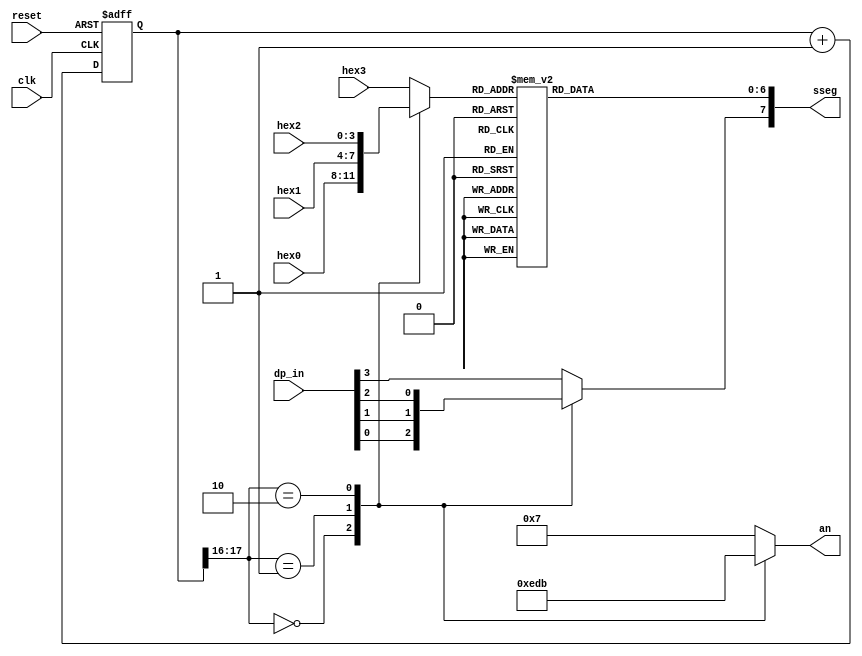

//-----------------------------------------------------------------
// Module Name   : disp_hex_mux
// Description   : Display the four Hex inputs on Nexys2's 7-seg LEDs
//------------------------------------------------------------------
module disp_hex_mux
   (
    input wire clk, reset,
    input wire [3:0] hex3, hex2, hex1, hex0,  // hex digits
    input wire [3:0] dp_in,             // 4 decimal points
    output reg [3:0] an,  // enable 1-out-of-4 asserted low
    output reg [7:0] sseg // led segments
   );

   // constant declaration
   // refreshing rate around 800 Hz (50 MHz/2^16)
   localparam N = 18;

   // internal signal declaration
   reg [N-1:0] q_reg;
   wire [N-1:0] q_next;
   reg [3:0] hex_in;
   reg dp;

   // N-bit counter register
   always @(posedge clk, posedge reset)
      if (reset)
         q_reg <= 0;
      else
         q_reg <= q_next;

   // next-state logic
   assign q_next = q_reg + 1'b1;

   // 2 MSBs of counter to control 4-to-1 multiplexing
   // and to generate active-low enable signal.  This
   // will put the input on the vaious LEDs

   always @*
      case (q_reg[N-1:N-2])
         2'b00:
            begin
               an =  4'b1110;
               hex_in = hex0;
               dp = dp_in[0];
            end
         2'b01:
            begin
               an =  4'b1101;
               hex_in = hex1;
               dp = dp_in[1];
            end
         2'b10:
            begin
               an =  4'b1011;
               hex_in = hex2;
               dp = dp_in[2];
            end
         default:
            begin
               an =  4'b0111;
               hex_in = hex3;
               dp = dp_in[3];
            end
       endcase

   // hex to seven-segment led display
   always @*
   begin
      case(hex_in)
         4'h0: sseg[6:0] = 7'b1000000;
         4'h1: sseg[6:0] = 7'b1111001;
         4'h2: sseg[6:0] = 7'b0100100;
         4'h3: sseg[6:0] = 7'b0110000;
         4'h4: sseg[6:0] = 7'b0011001;
         4'h5: sseg[6:0] = 7'b0010010;
         4'h6: sseg[6:0] = 7'b0000010;
         4'h7: sseg[6:0] = 7'b1111000;
         4'h8: sseg[6:0] = 7'b0000000;
         4'h9: sseg[6:0] = 7'b0010000;
         4'ha: sseg[6:0] = 7'b0001000;
         4'hb: sseg[6:0] = 7'b0000011;
         4'hc: sseg[6:0] = 7'b1000110;
         4'hd: sseg[6:0] = 7'b0100001;
         4'he: sseg[6:0] = 7'b0000110;
			default: sseg[6:0] = 7'b0001110;
     endcase
     sseg[7] = dp;
   end

endmodule